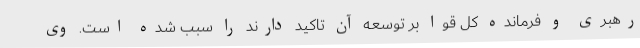
رهبری و فرمانده کل قوا بر توسعه آن تاکید دارند را سبب شده است. وی